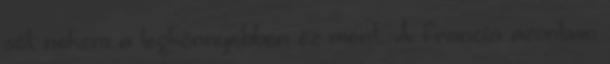
sőt nekem a legkönnyebben ez ment. A francia azonban